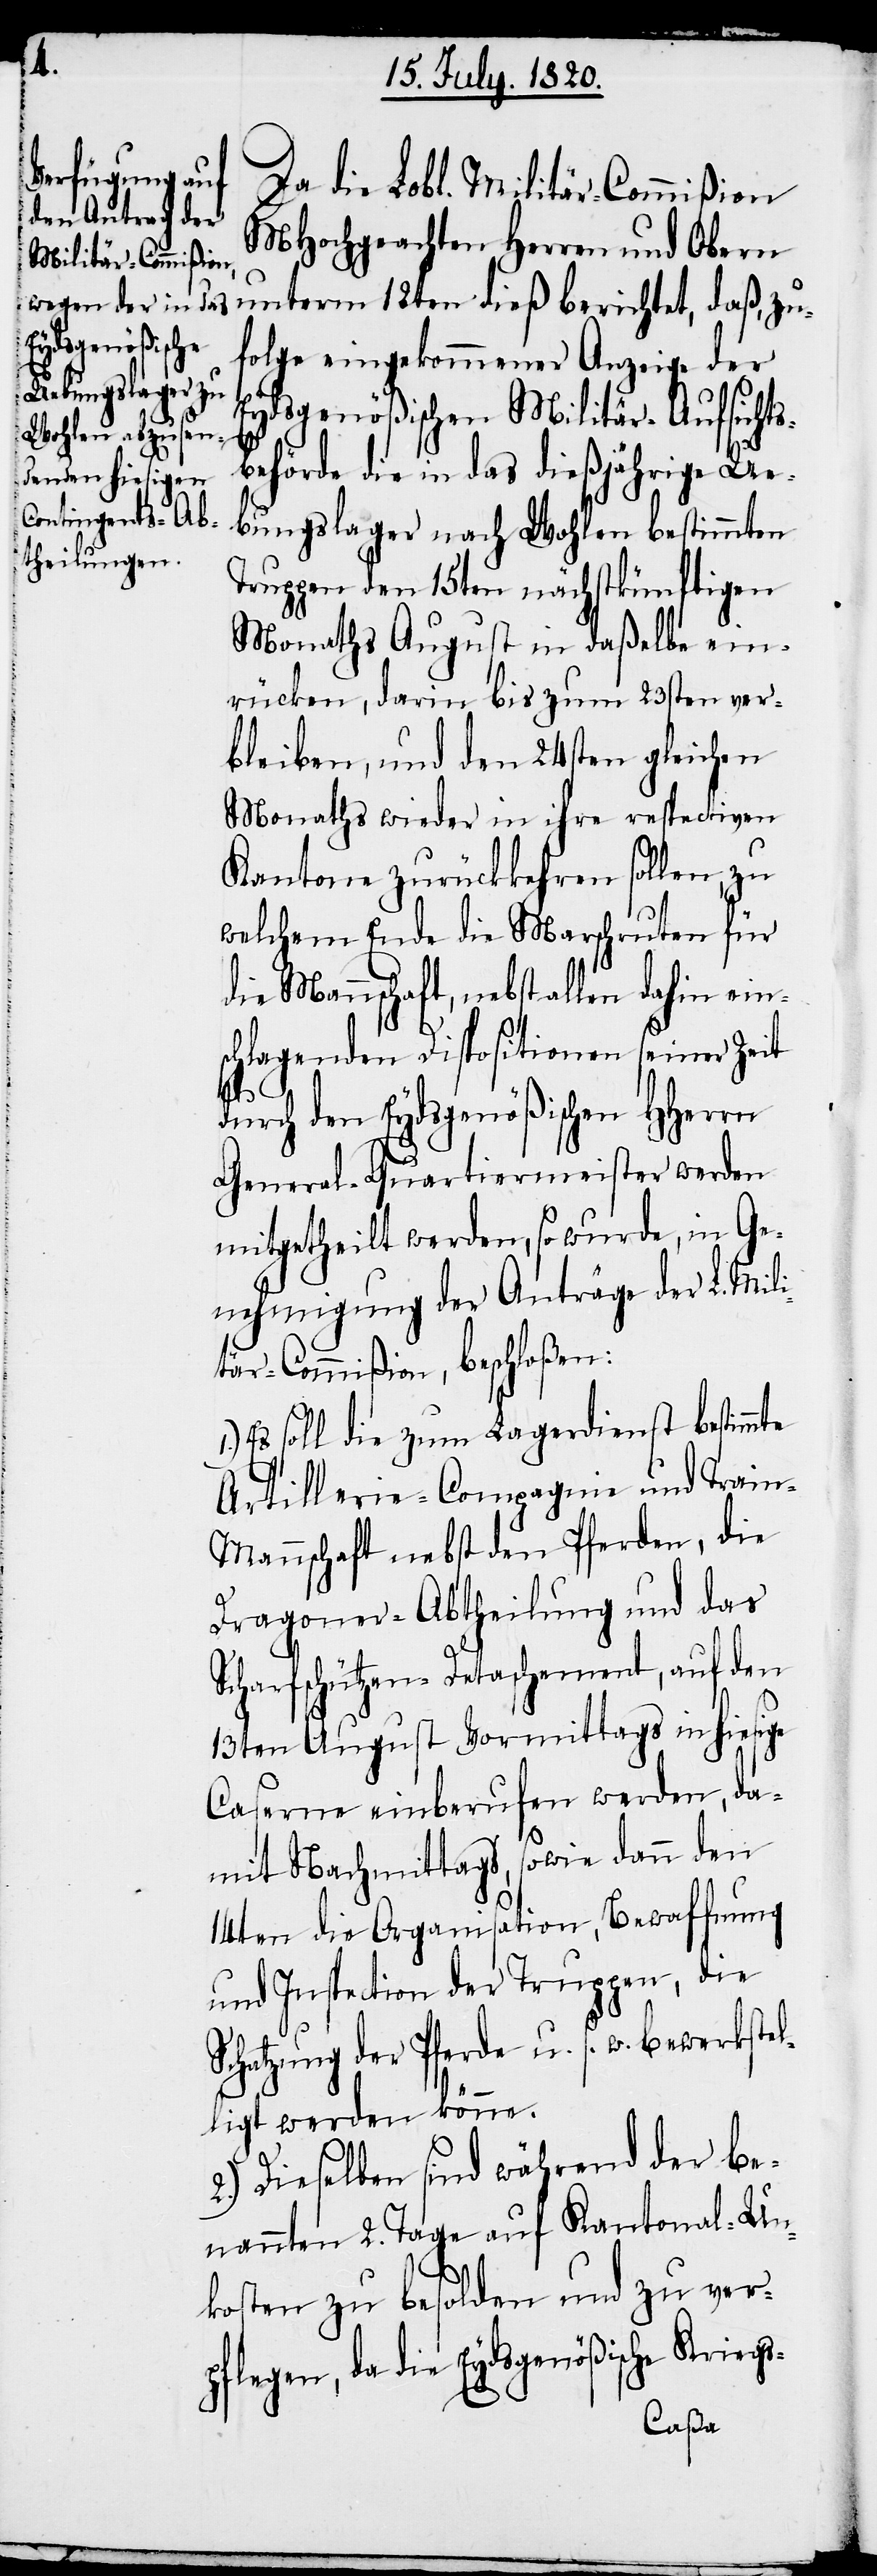
zu¬
Da die Lobl. Militär-Commißion
MHochgeachten Herren und Obern
folge eingekommener Anzeige der
Eydsgenößischen Militär-Aufsichts¬
behörde die in das dießjährige Ue¬
bungslager nach Wohlen bestimmten
Truppen den 15ten nächstkünftigen
Monaths August in daßelbe ein¬
rücken, darin bis zum 23sten ver¬
bleiben, und den 24sten gleichen
Monaths wieder in ihre respectiven
Kantone zurückkehren sollen, zu
welchem Ende die Marschruten für
die Mannschaft, nebst allen dahin ein¬
schlagenden Dispositionen seiner Zeit
daß,
durch den Eydsgenößischen HHerrn
General-Quartiermeister werden
mitgetheilt werden, so wurde, in Ge¬
nehmigung der Anträge der L. Mili¬
tär-Commißion, beschloßen:
Es soll die zum Lagerdienst bestimmte
Artillerie-Compagnie und Trai¬
n-Mannschaft nebst den Pferden, die
Dragoner-Abtheilung und das
Scharfschützen-Detachement, auf den
13ten August Vormittags in hiesige
Caserne einberufen werden, da¬
1.)
mit Nachmittags, sowie dann den
14ten die Organisation, Bewaffnung
und Inspection der Truppen, die
Schatzung der Pferde u. s. w. bewerkstel¬
ligt werden könne.
2.) Dieselben sind während der be¬
nannten 2. Tage auf Kantonal-Un¬
kosten zu besolden und zu ver¬
pflegen, da die Eydsgenößische Kriegs-